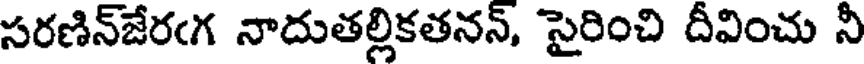
సరణిన్జేరఁగ నాదుతల్లికతనన్, సైరించి దీవించు నీ